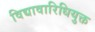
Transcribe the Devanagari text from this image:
विद्यावारिधियुक्त